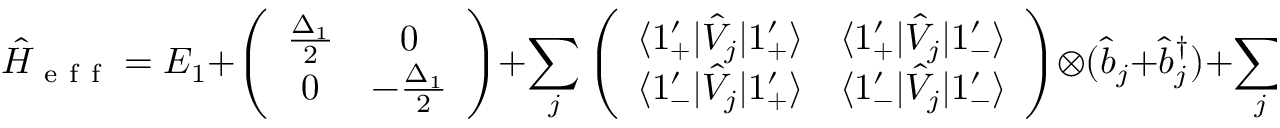
\hat { H } _ { \mathrm { ~ e ~ f ~ f ~ } } = E _ { 1 } + \left( \begin{array} { c c } { \frac { \Delta _ { 1 } } { 2 } } & { 0 } \\ { 0 } & { - \frac { \Delta _ { 1 } } { 2 } } \end{array} \right) + \sum _ { j } \left( \begin{array} { c c } { \langle 1 _ { + } ^ { \prime } | \hat { V } _ { j } | 1 _ { + } ^ { \prime } \rangle } & { \langle 1 _ { + } ^ { \prime } | \hat { V } _ { j } | 1 _ { - } ^ { \prime } \rangle } \\ { \langle 1 _ { - } ^ { \prime } | \hat { V } _ { j } | 1 _ { + } ^ { \prime } \rangle } & { \langle 1 _ { - } ^ { \prime } | \hat { V } _ { j } | 1 _ { - } ^ { \prime } \rangle } \end{array} \right) \otimes ( \hat { b } _ { j } + \hat { b } _ { j } ^ { \dagger } ) + \sum _ { j } \omega _ { j } \hat { b } _ { j } ^ { \dagger } \hat { b } _ { j } .